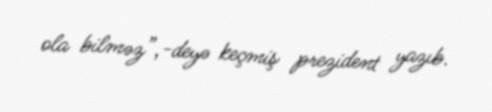
ola bilməz”,-deyə keçmiş prezident yazıb.